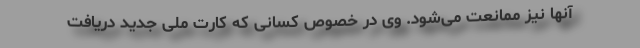
آنها نیز ممانعت می‌شود. وی در خصوص کسانی که کارت ملی جدید دریافت